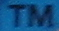
TM